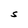
Character: S